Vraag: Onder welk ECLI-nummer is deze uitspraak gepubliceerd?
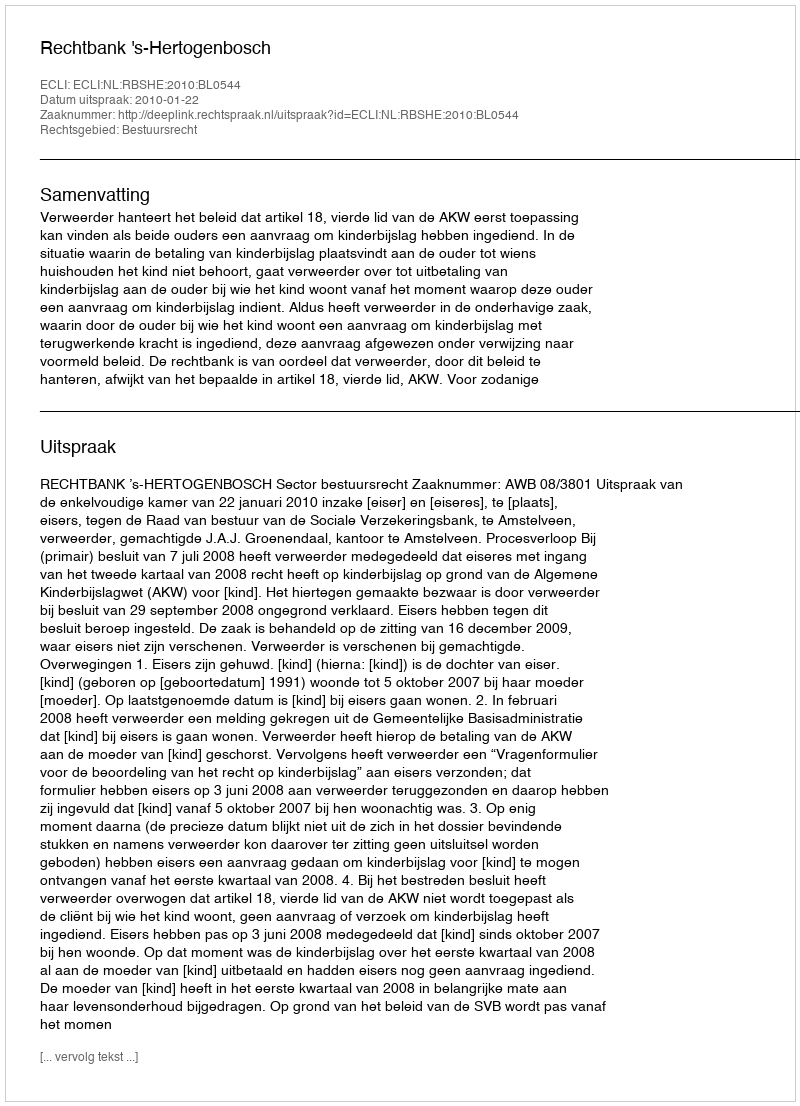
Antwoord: ECLI:NL:RBSHE:2010:BL0544